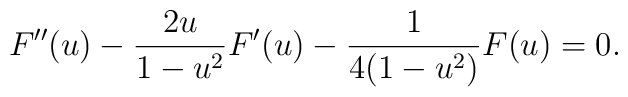
F''(u) -\frac{2u}{1-u^2} F'(u)- \frac{1}{4(1-u^2)}F(u)=0.